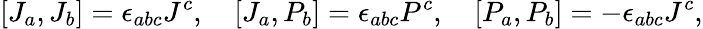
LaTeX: [J_{a},J_{b}]=\epsilon_{abc}J^{c},\quad[J_{a},P_{b}]=\epsilon_{abc}P^{c},\quad[P_{a},P_{b}]=-\epsilon_{abc}J^{c},